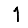
Digit: 1